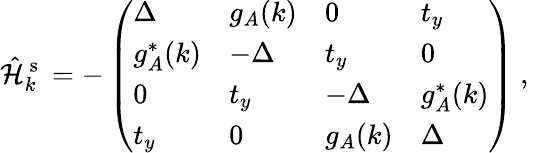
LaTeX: \hat{\mathcal{H}}_{k}^{\mathrm{~s~}}=-\left(\begin{array}{llll}{\Delta}&{g_{A}(k)}&{0}&{t_{y}}\\ {g_{A}^{*}(k)}&{-\Delta}&{t_{y}}&{0}\\ {0}&{t_{y}}&{-\Delta}&{g_{A}^{*}(k)}\\ {t_{y}}&{0}&{g_{A}(k)}&{\Delta}\end{array}\right)\mathrm{~,~}